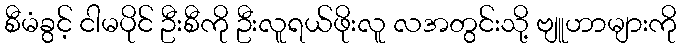
စီမံခွင့် ငါမပိုင် ဦးစီကို ဦးလူရယ်ဖိုးလူ လအတွင်းသို့ ဗျူဟာများကို